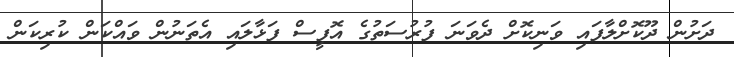
ދަށުން ދޫކޮށްލާފައި ވަނިކޮށް ދެވަނަ ފުރުސަތުގެ އޮފީސް ފަޅާލައި އެތަނުން ވައްކަން ކުރިކަން